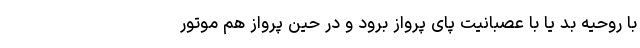
با روحیه بد یا با عصبانیت پای پرواز برود و در حین پرواز هم موتور